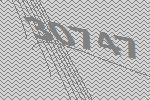
30747